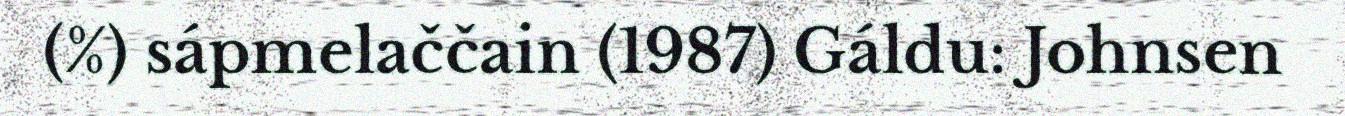
(%) sápmelaččain (1987) Gáldu: Johnsen